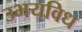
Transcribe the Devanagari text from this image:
उभयविध